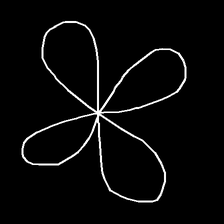
Glyph: billowing